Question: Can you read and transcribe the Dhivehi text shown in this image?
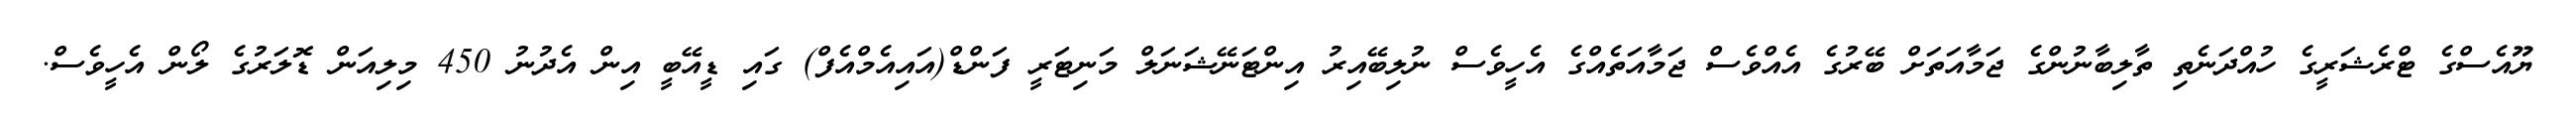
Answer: ޔޫއެސްގެ ޓްރެޝަރީގެ ހުއްދަނެތި ތާލިބާނުންގެ ޖަމާއަތަށް ބޭރުގެ އެއްވެސް ޖަމާއަތެއްގެ އެހީވެސް ނުލިބޭއިރު އިންޓަނޭޝަނަލް މަނިޓަރީ ފަންޑް(އައިއެމްއެފް) ގައި ޑީއޭބީ އިން އެދުނު 450 މިލިއަން ޑޮލަރުގެ ލޯން އެހީވެސް.